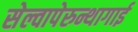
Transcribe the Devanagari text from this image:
सेल्वापेरुन्थागाई